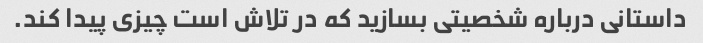
داستانی درباره شخصیتی بسازید که در تلاش است چیزی پیدا کند.